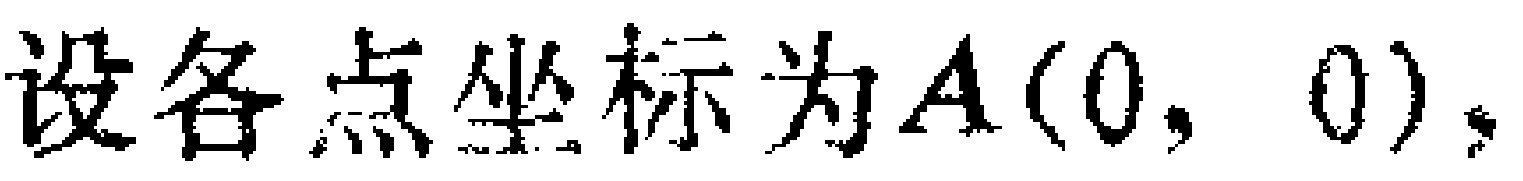
设各点坐标为\(A(0, 0)\)，